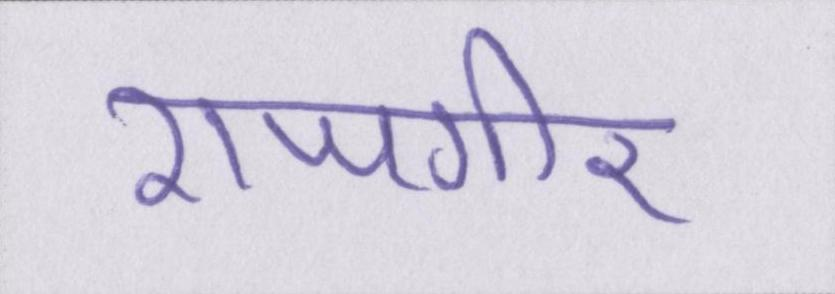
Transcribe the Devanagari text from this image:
राजगीर